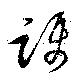
躡